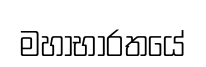
මහාභාරතයේ